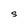
Character: S